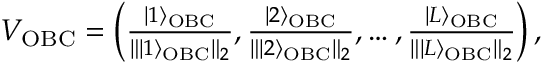
\begin{array} { r } { V _ { \mathrm { O B C } } = \left( \frac { | 1 \rangle _ { \mathrm { O B C } } } { \| | 1 \rangle _ { \mathrm { O B C } } \| _ { 2 } } , \frac { | 2 \rangle _ { \mathrm { O B C } } } { \| | 2 \rangle _ { \mathrm { O B C } } \| _ { 2 } } , \dots , \frac { | L \rangle _ { \mathrm { O B C } } } { \| | L \rangle _ { \mathrm { O B C } } \| _ { 2 } } \right) , } \end{array}